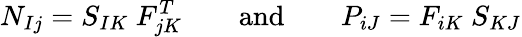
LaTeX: N_{Ij}=S_{IK}~F_{jK}^{T}\qquad{\mathrm{and}}\qquad P_{iJ}=F_{iK}~S_{KJ}